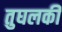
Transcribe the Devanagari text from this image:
तुघलकी